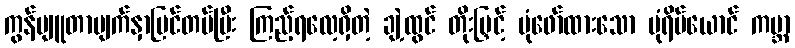
ကွန်ပျူတာမျက်နှာပြင်တပ်ပြီး ကြည့်ရလေ့ရှိတဲ့ ချဲ့ထွင် တိုးမြှင့် ပုံဖော်ထားသော ပုံရိပ်ယောင် ကမ္ဘာ